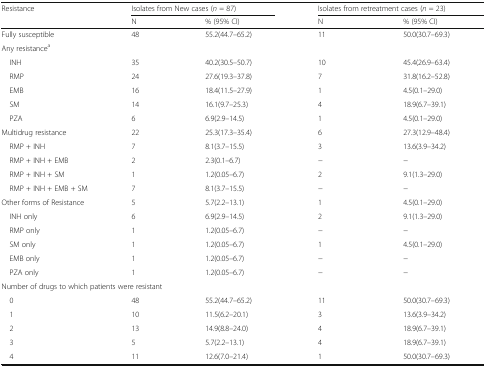
<table><thead><tr><td rowspan="2"><b>Resistance</b></td><td colspan="2"><b>Isolates from New cases (<i>n</i> = 87)</b></td><td colspan="2"><b>Isolates from retreatment cases (<i>n</i> = 23)</b></td></tr><tr><td><b>N</b></td><td><b>% (95% CI)</b></td><td><b>N</b></td><td><b>% (95% CI)</b></td></tr></thead><tbody><tr><td>Fully susceptible</td><td>48</td><td>55.2(44.7–65.2)</td><td>11</td><td>50.0(30.7–69.3)</td></tr><tr><td colspan="5">Any resistance<sup>a</sup></td></tr><tr><td> INH</td><td>35</td><td>40.2(30.5–50.7)</td><td>10</td><td>45.4(26.9–63.4)</td></tr><tr><td> RMP</td><td>24</td><td>27.6(19.3–37.8)</td><td>7</td><td>31.8(16.2–52.8)</td></tr><tr><td> EMB</td><td>16</td><td>18.4(11.5–27.9)</td><td>1</td><td>4.5(0.1–29.0)</td></tr><tr><td> SM</td><td>14</td><td>16.1(9.7–25.3)</td><td>4</td><td>18.9(6.7–39.1)</td></tr><tr><td> PZA</td><td>6</td><td>6.9(2.9–14.5)</td><td>1</td><td>4.5(0.1–29.0)</td></tr><tr><td>Multidrug resistance</td><td>22</td><td>25.3(17.3–35.4)</td><td>6</td><td>27.3(12.9–48.4)</td></tr><tr><td> RMP + INH</td><td>7</td><td>8.1(3.7–15.5)</td><td>3</td><td>13.6(3.9–34.2)</td></tr><tr><td> RMP + INH + EMB</td><td>2</td><td>2.3(0.1–6.7)</td><td>−</td><td>−</td></tr><tr><td> RMP + INH + SM</td><td>1</td><td>1.2(0.05–6.7)</td><td>2</td><td>9.1(1.3–29.0)</td></tr><tr><td> RMP + INH + EMB + SM</td><td>7</td><td>8.1(3.7–15.5)</td><td>−</td><td>−</td></tr><tr><td>Other forms of Resistance</td><td>5</td><td>5.7(2.2–13.1)</td><td>1</td><td>4.5(0.1–29.0)</td></tr><tr><td> INH only</td><td>6</td><td>6.9(2.9–14.5)</td><td>2</td><td>9.1(1.3–29.0)</td></tr><tr><td> RMP only</td><td>1</td><td>1.2(0.05–6.7)</td><td>−</td><td>−</td></tr><tr><td> SM only</td><td>1</td><td>1.2(0.05–6.7)</td><td>1</td><td>4.5(0.1–29.0)</td></tr><tr><td> EMB only</td><td>1</td><td>1.2(0.05–6.7)</td><td>−</td><td>−</td></tr><tr><td> PZA only</td><td>1</td><td>1.2(0.05–6.7)</td><td>−</td><td>−</td></tr><tr><td colspan="5">Number of drugs to which patients were resistant</td></tr><tr><td> 0</td><td>48</td><td>55.2(44.7–65.2)</td><td>11</td><td>50.0(30.7–69.3)</td></tr><tr><td> 1</td><td>10</td><td>11.5(6.2–20.1)</td><td>3</td><td>13.6(3.9–34.2)</td></tr><tr><td> 2</td><td>13</td><td>14.9(8.8–24.0)</td><td>4</td><td>18.9(6.7–39.1)</td></tr><tr><td> 3</td><td>5</td><td>5.7(2.2–13.1)</td><td>4</td><td>18.9(6.7–39.1)</td></tr><tr><td> 4</td><td>11</td><td>12.6(7.0–21.4)</td><td>1</td><td>50.0(30.7–69.3)</td></tr></tbody></table>